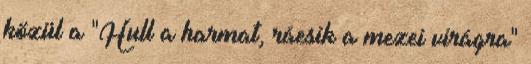
közül a "Hull a harmat, ráesik a mezei virágra"